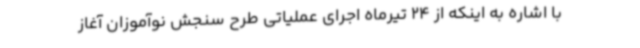
با اشاره به اینکه از 24 تیرماه اجرای عملیاتی طرح سنجش نوآموزان آغاز